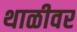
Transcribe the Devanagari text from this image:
थाळीवर